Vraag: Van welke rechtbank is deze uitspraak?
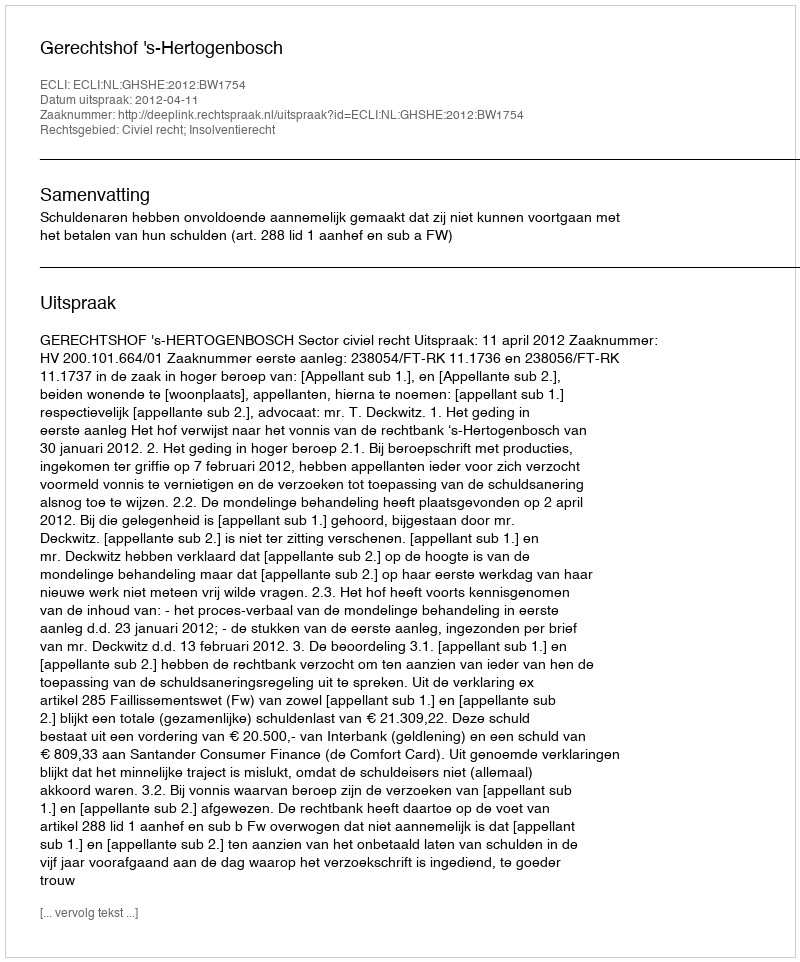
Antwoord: Gerechtshof 's-Hertogenbosch